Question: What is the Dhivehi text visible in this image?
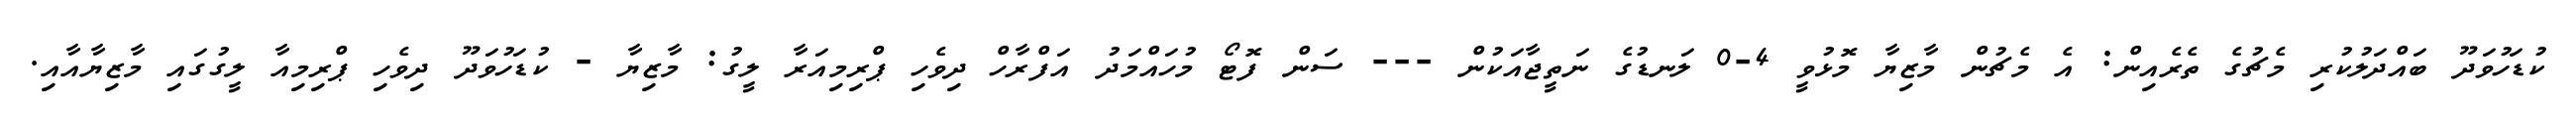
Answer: ކުޑަހުވަދޫ ބައްދަލުކުރި މެޗުގެ ތެރެއިން: އެ މެޗުން މާޒިޔާ މޮޅުވީ 4-0 ލަނޑުގެ ނަތީޖާއަކުން --- ސަން ފޮޓޯ މުހައްމަދު އަފްރާހް ދިވެހި ޕްރިމިއަރާ ލީގު: މާޒިޔާ - ކުޑަހުވަދޫ ދިވެހި ޕްރިމިއާ ލީގުގައި މާޒިޔާއާއި.